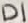
Text: D1